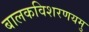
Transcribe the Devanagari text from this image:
बालकविशरणयमु